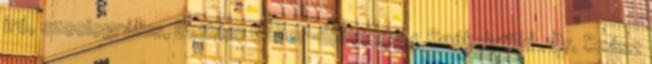
író, szociográfus, Bethlen Gábor-díjas; 1994 Székelyföld . Dr. Szász